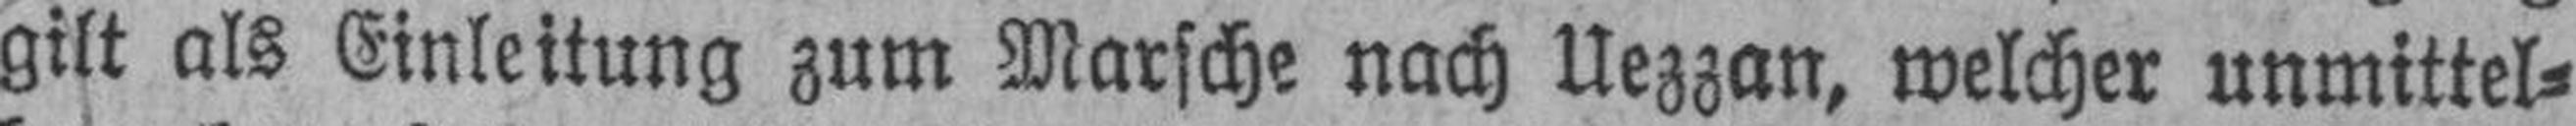
gilt als Einleitung zum Marsche nach Uezzan, welcher unmittel¬